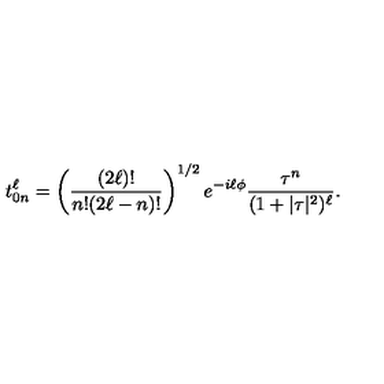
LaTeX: t _ { 0 n } ^ { \ell } = \left( \frac { ( 2 \ell ) ! } { n ! { ( 2 \ell - n ) ! } } \right) ^ { 1 / 2 } e ^ { - i \ell \phi } \frac { \tau ^ { n } } { ( 1 + | \tau | ^ { 2 } ) ^ { \ell } } .